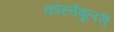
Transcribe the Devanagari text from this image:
कांस्तेबुलरी